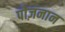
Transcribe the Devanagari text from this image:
पोज़नान